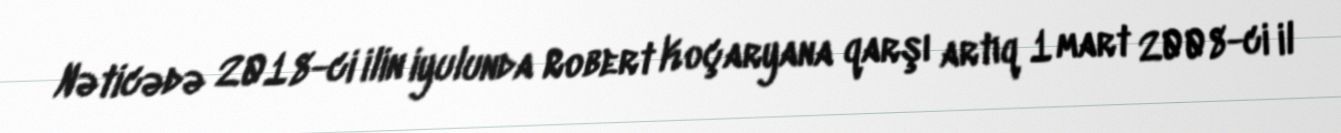
Nəticədə 2018-ci ilin iyulunda Robert Koçaryana qarşı artıq 1 mart 2008-ci il